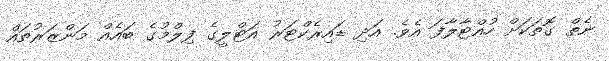
ނެތް ގޮތަކަށް ހުއްޓާލާފަ އެވެ. އަދި ޑައިރެކްޓަރު އަޓްލީގެ ފިލްމުގެ ބައެއް މަންޒަރުތައް